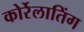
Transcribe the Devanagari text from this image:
कोर्रेलातिंग